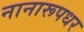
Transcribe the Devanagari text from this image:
नानारूपधर